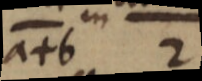
a+b 2